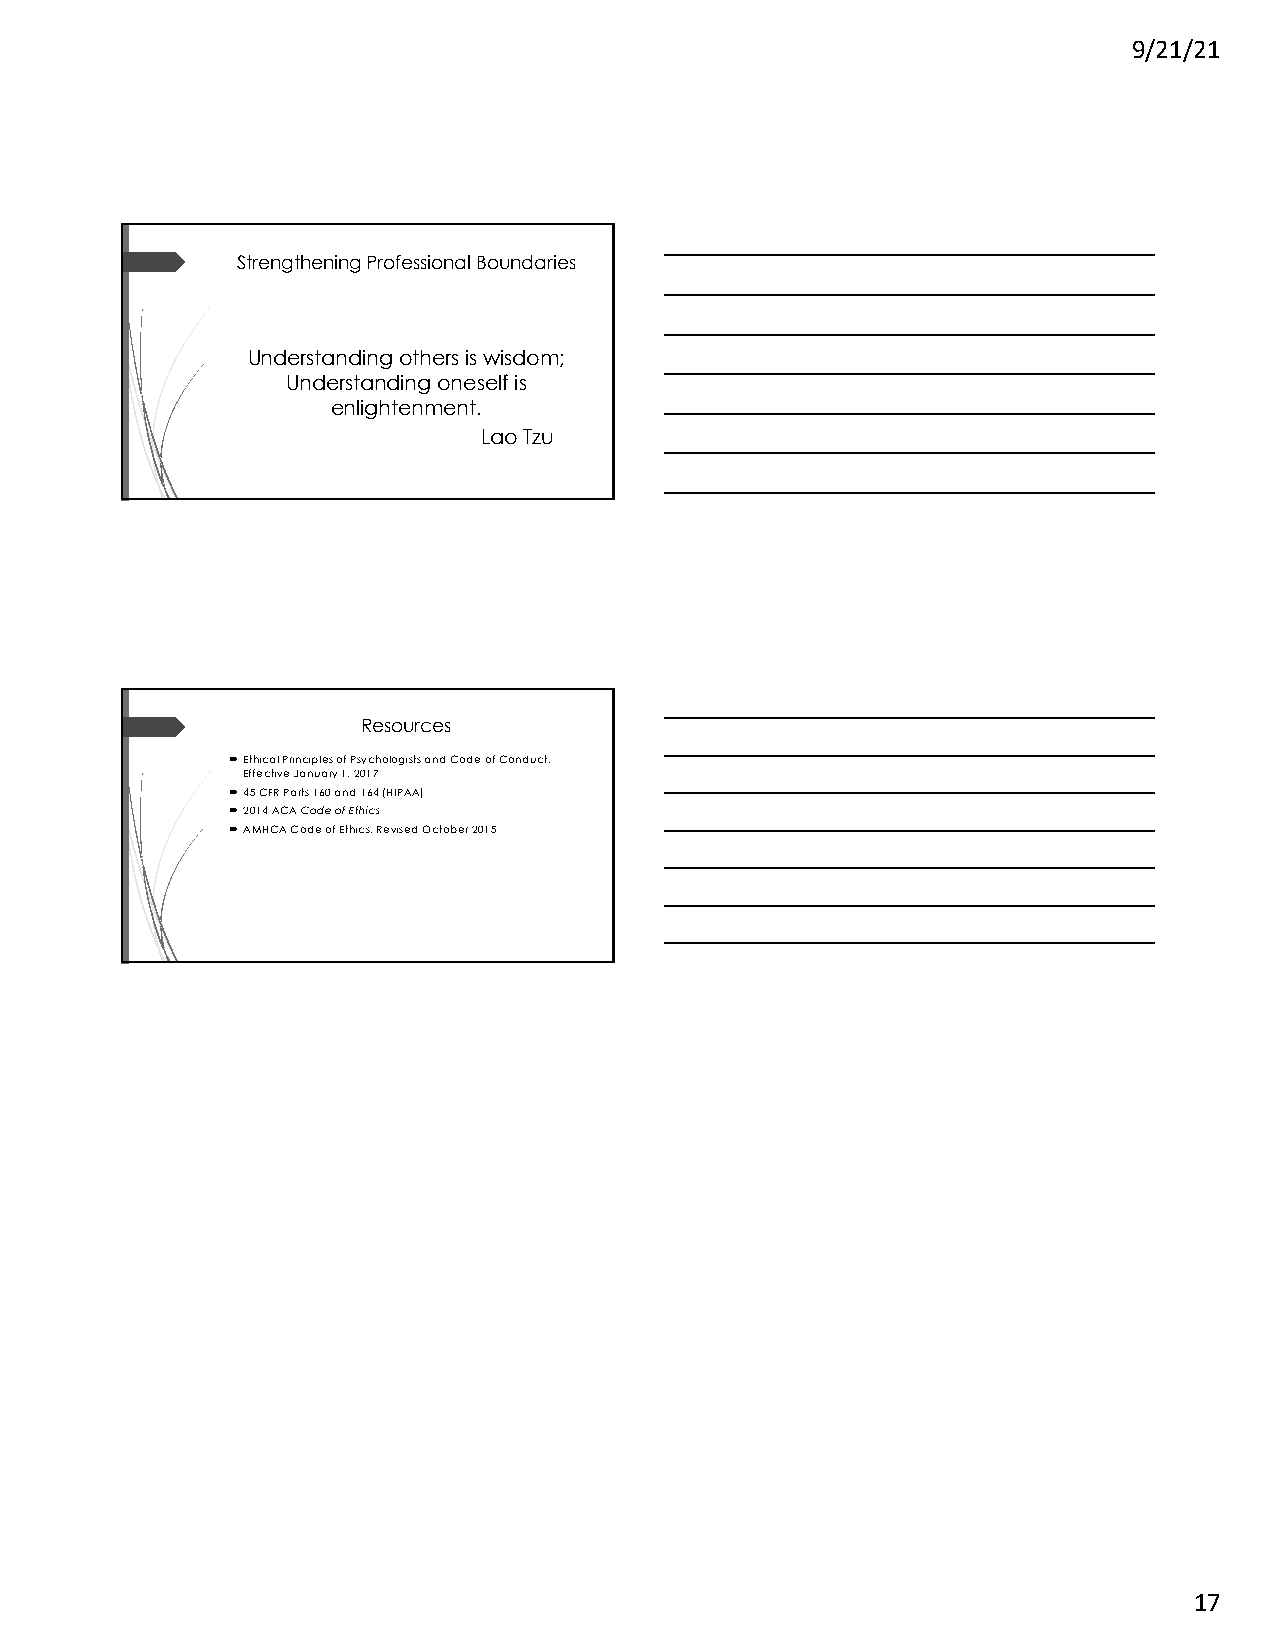
9/21/21
 Strengthening Professional Boundaries
 Understanding others is wisdom;
 Understanding oneself is
 enlightenment.
 Lao Tzu
 Resources
 ´Ethical Principles of Psychologists and Code of Conduct,
 Effective January 1, 2017
 ´45 CFR Parts 160 and 164 (HIPAA)
 ´2014 ACA Code of Ethics
 ´AMHCA Code of Ethics, Revised October 2015
 17